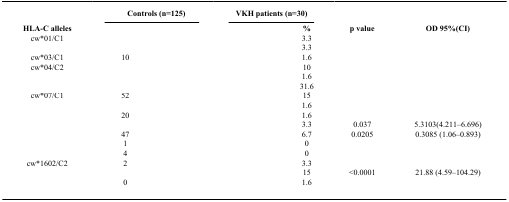
<table><thead><tr><td>[EMPTY_CELL]</td><td colspan="2"><b>Controls (n=125)</b></td><td colspan="2"><b>VKH patients (n=30)</b></td><td>[EMPTY_CELL]</td><td>[EMPTY_CELL]</td></tr></thead><tbody><tr><td><b>HLA-C alleles</b></td><td>[EMPTY_CELL]</td><td>[EMPTY_CELL]</td><td>[EMPTY_CELL]</td><td><b>%</b></td><td><b>p value</b></td><td><b>OD 95%(CI)</b></td></tr><tr><td>cw*01/C1</td><td>[EMPTY_CELL]</td><td>[EMPTY_CELL]</td><td>[EMPTY_CELL]</td><td>3.3</td><td>[EMPTY_CELL]</td><td>[EMPTY_CELL]</td></tr><tr><td>[EMPTY_CELL]</td><td>[EMPTY_CELL]</td><td>[EMPTY_CELL]</td><td>[EMPTY_CELL]</td><td>3.3</td><td>[EMPTY_CELL]</td><td>[EMPTY_CELL]</td></tr><tr><td>cw*03/C1</td><td>10</td><td>[EMPTY_CELL]</td><td>[EMPTY_CELL]</td><td>1.6</td><td>[EMPTY_CELL]</td><td>[EMPTY_CELL]</td></tr><tr><td>cw*04/C2</td><td>[EMPTY_CELL]</td><td>[EMPTY_CELL]</td><td>[EMPTY_CELL]</td><td>10</td><td>[EMPTY_CELL]</td><td>[EMPTY_CELL]</td></tr><tr><td>[EMPTY_CELL]</td><td>[EMPTY_CELL]</td><td>[EMPTY_CELL]</td><td>[EMPTY_CELL]</td><td>1.6</td><td>[EMPTY_CELL]</td><td>[EMPTY_CELL]</td></tr><tr><td>[EMPTY_CELL]</td><td>[EMPTY_CELL]</td><td>[EMPTY_CELL]</td><td>[EMPTY_CELL]</td><td>31.6</td><td>[EMPTY_CELL]</td><td>[EMPTY_CELL]</td></tr><tr><td>cw*07/C1</td><td>52</td><td>[EMPTY_CELL]</td><td>[EMPTY_CELL]</td><td>15</td><td>[EMPTY_CELL]</td><td>[EMPTY_CELL]</td></tr><tr><td>[EMPTY_CELL]</td><td>[EMPTY_CELL]</td><td>[EMPTY_CELL]</td><td>[EMPTY_CELL]</td><td>1.6</td><td>[EMPTY_CELL]</td><td>[EMPTY_CELL]</td></tr><tr><td>[EMPTY_CELL]</td><td>20</td><td>[EMPTY_CELL]</td><td>[EMPTY_CELL]</td><td>1.6</td><td>[EMPTY_CELL]</td><td>[EMPTY_CELL]</td></tr><tr><td>[EMPTY_CELL]</td><td>[EMPTY_CELL]</td><td>[EMPTY_CELL]</td><td>[EMPTY_CELL]</td><td>3.3</td><td>0.037</td><td>5.3103(4.211–6.696)</td></tr><tr><td>[EMPTY_CELL]</td><td>47</td><td>[EMPTY_CELL]</td><td>[EMPTY_CELL]</td><td>6.7</td><td>0.0205</td><td>0.3085 (1.06–0.893)</td></tr><tr><td>[EMPTY_CELL]</td><td>1</td><td>[EMPTY_CELL]</td><td>[EMPTY_CELL]</td><td>0</td><td>[EMPTY_CELL]</td><td>[EMPTY_CELL]</td></tr><tr><td>[EMPTY_CELL]</td><td>4</td><td>[EMPTY_CELL]</td><td>[EMPTY_CELL]</td><td>0</td><td>[EMPTY_CELL]</td><td>[EMPTY_CELL]</td></tr><tr><td>cw*1602/C2</td><td>2</td><td>[EMPTY_CELL]</td><td>[EMPTY_CELL]</td><td>3.3</td><td>[EMPTY_CELL]</td><td>[EMPTY_CELL]</td></tr><tr><td>[EMPTY_CELL]</td><td>[EMPTY_CELL]</td><td>[EMPTY_CELL]</td><td>[EMPTY_CELL]</td><td>15</td><td>&lt;0.0001</td><td>21.88 (4.59–104.29)</td></tr><tr><td>[EMPTY_CELL]</td><td>0</td><td>[EMPTY_CELL]</td><td>[EMPTY_CELL]</td><td>1.6</td><td>[EMPTY_CELL]</td><td>[EMPTY_CELL]</td></tr><tr><td>[EMPTY_CELL]</td><td>[EMPTY_CELL]</td><td>[EMPTY_CELL]</td><td>[EMPTY_CELL]</td><td>[EMPTY_CELL]</td><td>[EMPTY_CELL]</td><td>[EMPTY_CELL]</td></tr></tbody></table>